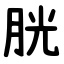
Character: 胱